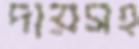
দায়সহ